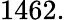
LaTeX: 1462.